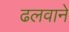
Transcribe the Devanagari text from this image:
ढलवाने